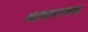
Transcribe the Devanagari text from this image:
आनावश्यक